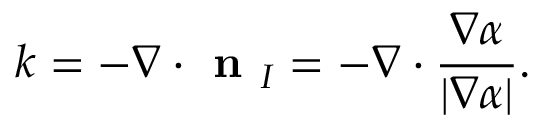
k = - \nabla \cdot \textbf { n } _ { I } = - \nabla \cdot \frac { \nabla \alpha } { | \nabla \alpha | } .